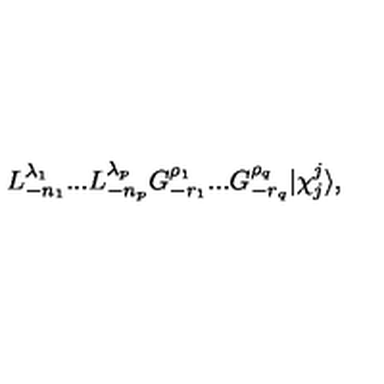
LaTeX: L _ { - n _ { 1 } } ^ { \lambda _ { 1 } } . . . L _ { - n _ { p } } ^ { \lambda _ { p } } G _ { - r _ { 1 } } ^ { \rho _ { 1 } } . . . G _ { - r _ { q } } ^ { \rho _ { q } } \vert \chi _ { j } ^ { j } \rangle { } ,